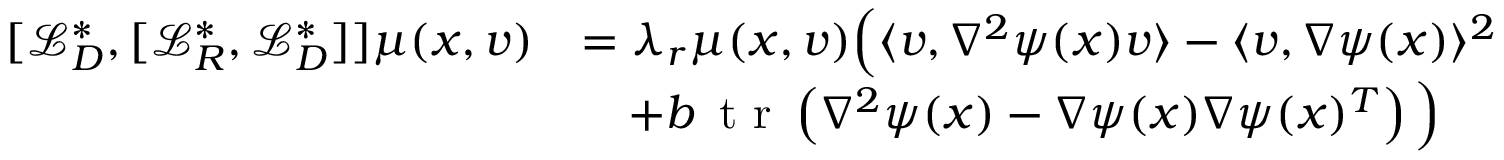
\begin{array} { r l } { [ \mathcal { L } _ { D } ^ { * } , [ \mathcal { L } _ { R } ^ { * } , \mathcal { L } _ { D } ^ { * } ] ] \mu ( x , v ) } & { = \lambda _ { r } \mu ( x , v ) \Big ( \langle v , \nabla ^ { 2 } \psi ( x ) v \rangle - \langle v , \nabla \psi ( x ) \rangle ^ { 2 } } \\ & { \quad + b \, \textnormal { t r } \left( \nabla ^ { 2 } \psi ( x ) - \nabla \psi ( x ) \nabla \psi ( x ) ^ { T } \right) \Big ) } \end{array}